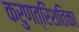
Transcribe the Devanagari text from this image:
करुणत्रिंशतिका